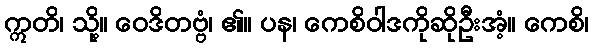
ဣတိ၊ သို့။ ဝေဒိတဗ္ဗံ၊ ၏။ ပန၊ ကေစိဝါဒကိုဆိုဦးအံ့။ ကေစိ၊